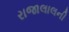
રાજાલાલની